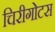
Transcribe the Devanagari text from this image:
चिरीगोटस